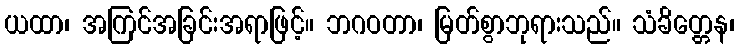
ယထာ၊ အကြင်အခြင်းအရာဖြင့်။ ဘဂဝတာ၊ မြတ်စွာဘုရားသည်။ သံခိတ္တေန၊